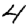
Digit: 4